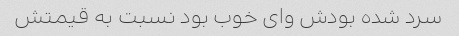
سرد شده بودش وای خوب بود نسبت به قیمتش